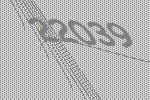
22039